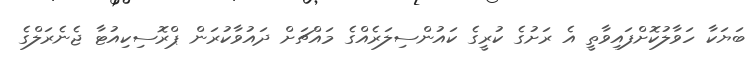
ބަޔަކާ ހަވާލުކޮށްފައިވާތީ އެ ރަށުގެ ކުރީގެ ކައުންސިލަރެއްގެ މައްޗަށް ދައުވާކުރަން ޕްރޮސިކިއުޓާ ޖެނެރަލްގެ